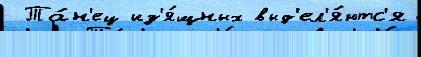
 Та́н'ец из'я́щных выд'ел'я́ютс'я